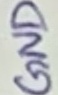
Text: GND